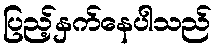
ပြည့်နှက်နေပါသည်